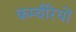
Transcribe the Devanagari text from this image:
कर्म्चरियों